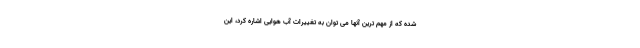
شده که از مهم ترین آنها می توان به تغییرات آب هوایی اشاره کرد، این